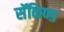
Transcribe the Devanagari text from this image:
सॅकिण्ड